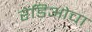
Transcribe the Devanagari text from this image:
रेडिओचा